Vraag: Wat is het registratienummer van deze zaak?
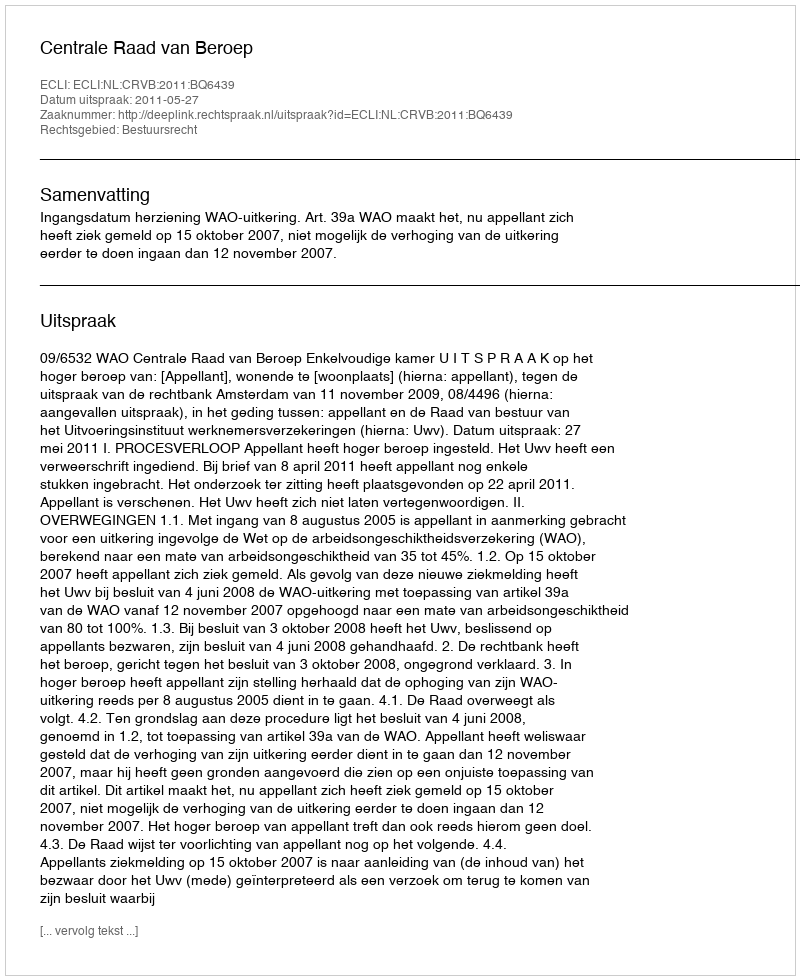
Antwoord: http://deeplink.rechtspraak.nl/uitspraak?id=ECLI:NL:CRVB:2011:BQ6439